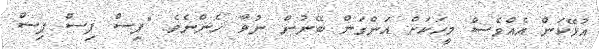
އުޅޭކަން އެއްވެސް މީހަކަށް އަންގަން ބޭނުން ނުވާ ހެންނެވެ. "ޕިސް ޕިސް ޕިސް